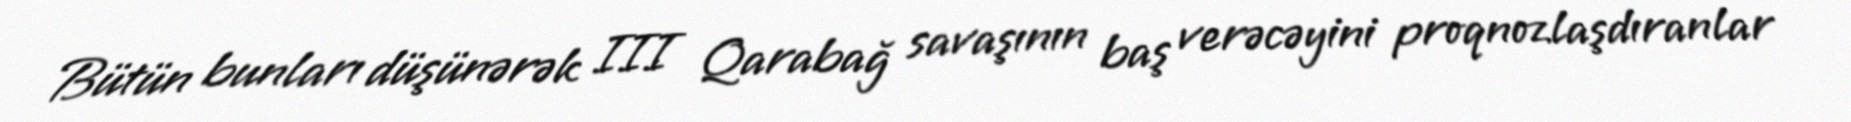
Bütün bunları düşünərək III Qarabağ savaşının baş verəcəyini proqnozlaşdıranlar